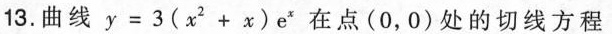
13.曲线$$y = 3 ( x ^ { 2 } + x ) e ^ { x }$$ 在（0，0）处的切线方程